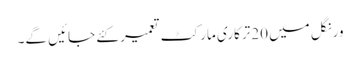
ورنگل میں 20ترکاری مارکٹ تعمیر کئے جائیں گے۔